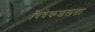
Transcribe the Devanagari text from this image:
विवेकशलता